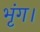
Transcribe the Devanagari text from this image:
भृंग।